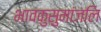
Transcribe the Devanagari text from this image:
भावकुसुमांजलि